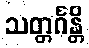
သတ္တင်္ဂန္တိ